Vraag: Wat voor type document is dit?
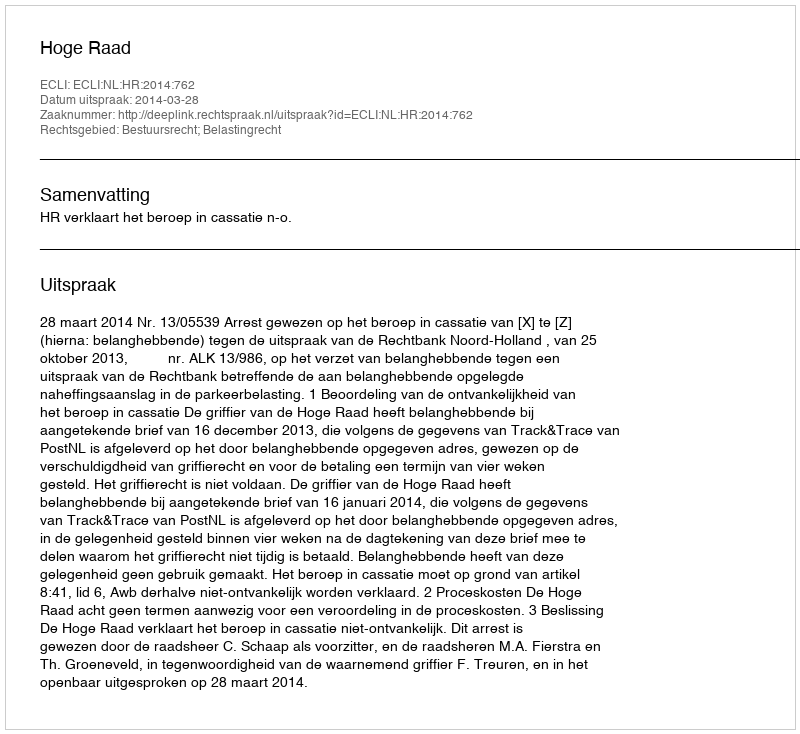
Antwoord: Uitspraak